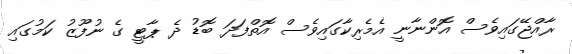
ރާއްޖޭގައިވެސް އޮންނާނީ އެމެރިކާގައިވެސް އޮތްފަދަ ބޮޑު ދެ ޕާޓީ ގެ ނުފޫޒު ކަމުގައި